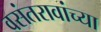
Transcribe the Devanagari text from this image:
वसंतरावांच्‍या